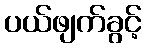
ပယ်ဖျက်ခွင့်